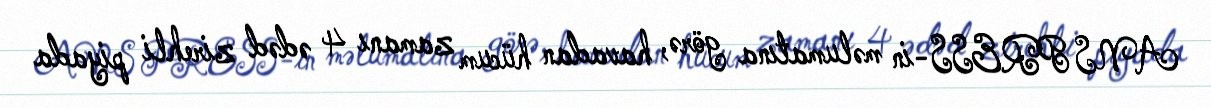
ANS PRESS-in məlumatına görə, havadan hücum zamanı 4 ədəd zirehli piyada